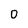
Character: O